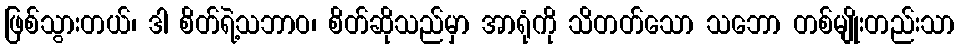
ဖြစ်သွားတယ်၊ ဒါ စိတ်ရဲ့သဘာဝ၊ စိတ်ဆိုသည်မှာ အာရုံကို သိတတ်သော သဘော တစ်မျိုးတည်းသာ